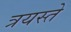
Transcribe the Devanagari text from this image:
त्रयस्ते